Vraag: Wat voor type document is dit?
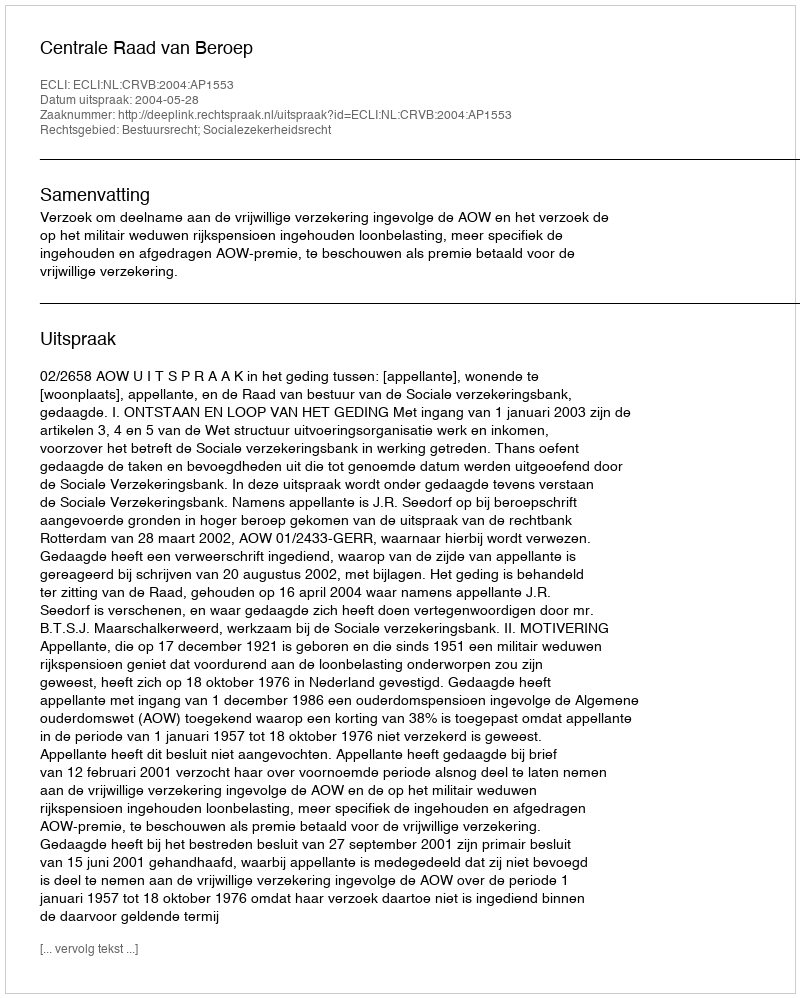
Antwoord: Uitspraak